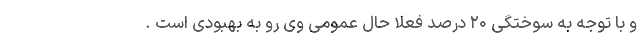
و با توجه به سوختگی ۲۰ درصد فعلا حال عمومی وی رو به بهبودی است .